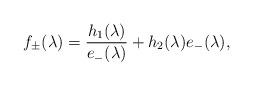
LaTeX: \begin{align*}f_\pm(\lambda)=\frac{h_1(\lambda)}{e_{-}(\lambda)}+h_2(\lambda)e_{-}(\lambda),\end{align*}